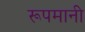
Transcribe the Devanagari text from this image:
रूपमानी